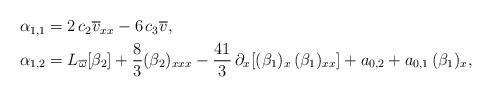
LaTeX: \begin{align*}\begin{aligned}&\alpha_{1,1}=2\,c_2 \overline{v}_{xx}-6\,c_3 \overline{v},\\&\alpha_{1, 2}=L_{\overline{\omega}}[\beta_2]+\frac{8}{3} (\beta_2)_{xxx}-\frac{41}{3}\,\partial_x [ (\beta_1)_x\,(\beta_1)_{xx}]+a_{0, 2}+a_{0, 1}\,(\beta_1)_x,\end{aligned}\end{align*}